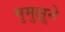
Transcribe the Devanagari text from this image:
मुमुक्षूने